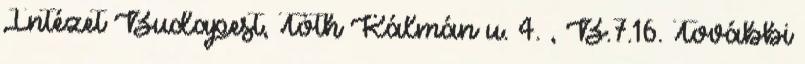
Intézet Budapest, Tóth Kálmán u. 4. , B.7.16. További